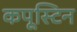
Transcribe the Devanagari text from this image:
कपूस्टिन